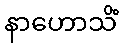
နာဟောသိံ